Leaving Certificate Examination (including Day School Certificate (Higher) General paper), 1928
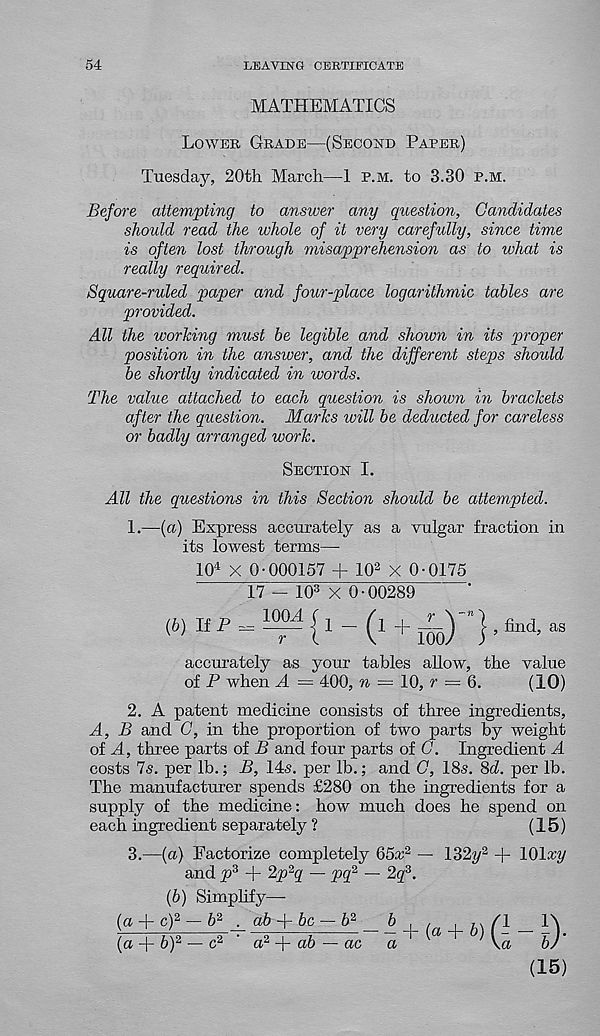
54
LEAVING CERTIFICATE
MATHEMATICS
Lower Grade—(Second Paper)
Tuesday, 20th March—1 p.m. to 3.30 p.m.
Before attempting to answer any question, Candidates
should read the whole of it very carefully, since time
is often lost through misapprehension as to what is
really required.
Square-ruled paper and four-place logarithmic tables are
provided.
All the working must be legible and shown in its proper
position in the answer, and the different steps should
be shortly indicated in words.
The value attached to each question is shown in brackets
after the question. Marks will be deducted for careless
or badly arranged work.
Section I.
All the questions in this Section should be attempted.
1.
—(a) Express accura
its lowest terms—
10 4 X 0-000157 + 10 2 X 0-0175
17 - 10 3 X 0-00289
accurately as your tables allow, the value
of P when A — 400, w = 10, r = 6.
(10)
2. A patent medicine consists of three ingredients,
A, B and C, in the proportion of two parts by weight
of A, three parts of B and four parts of C. Ingredient A
costs Is. per lb.; B, 14s. per lb.; and C, 18s. Sd. per lb.
The manufacturer spends £280 on the ingredients for a
supply of the medicine: how much does he spend on
each ingredient separately ?
(15)
3.
—{a) Factorize comp
and p 3 + 2p 2 q — pq 2 — 2g 3 .
(b) Simplify—
(a + c) 2 ~ 6 2
ab-fbc — b 2 _b , ,
,.(1 _l\
(a -\- b) 2 — c 2 ' a 2
ab — ac
a
\q
b)‘
(15)